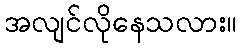
အလျင်လိုနေသလား။